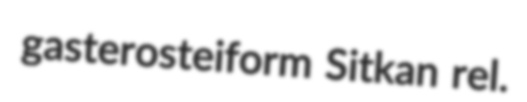
gasterosteiform Sitkan rel.